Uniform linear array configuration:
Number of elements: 48
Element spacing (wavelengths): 0.5
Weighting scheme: cosine
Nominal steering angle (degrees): -60
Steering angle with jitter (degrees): -60.741
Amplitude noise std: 0.05
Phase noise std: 0.05

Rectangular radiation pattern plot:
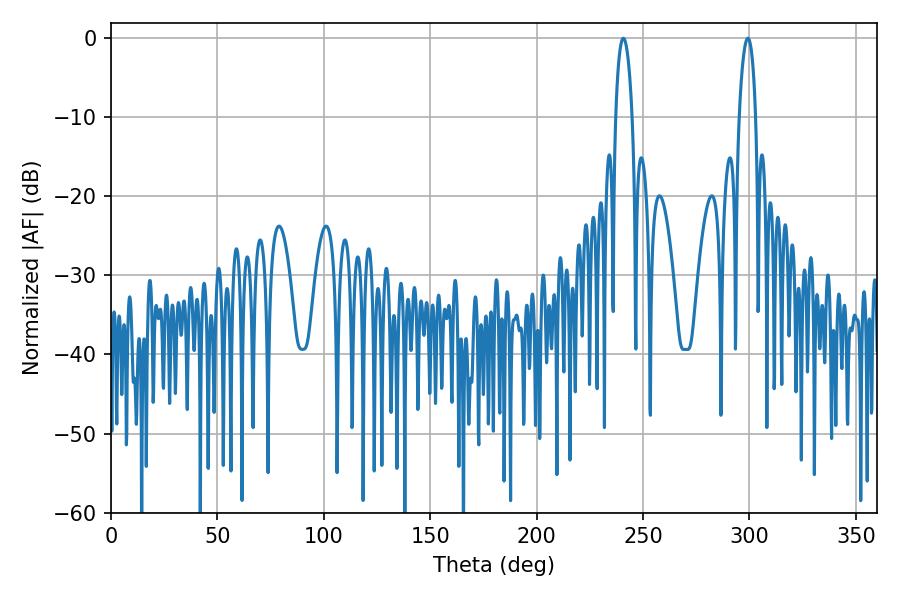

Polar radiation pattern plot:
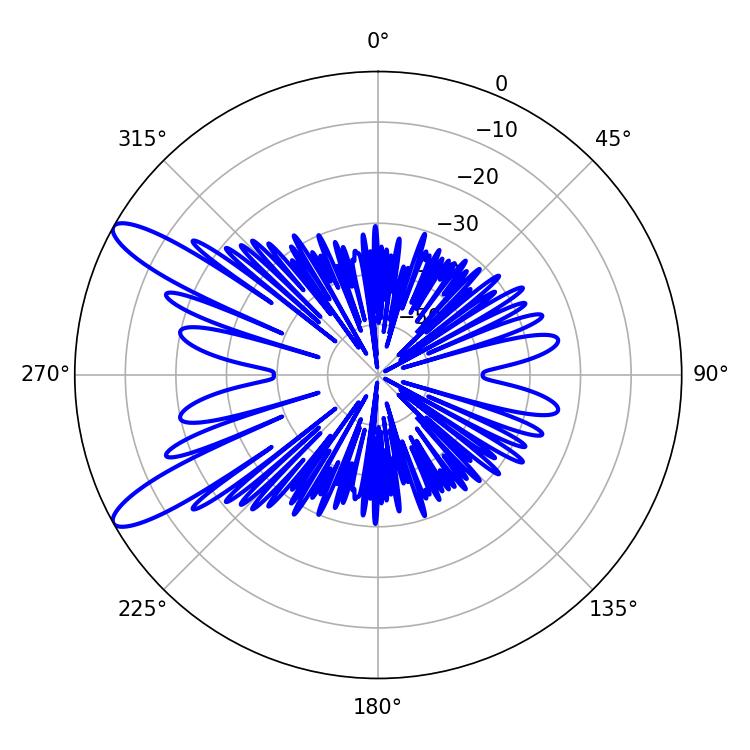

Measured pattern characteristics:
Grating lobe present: FALSE
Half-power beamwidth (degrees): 4.32
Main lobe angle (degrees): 299.16